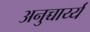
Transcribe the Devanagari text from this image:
अनुच्चार्य्य